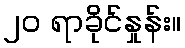
၂၀ ရာခိုင်နှုန်း။